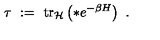
\tau \ : = \ \mathrm { t r } _ { { \mathcal H } } \left( * e ^ { - \beta H } \right) \ .